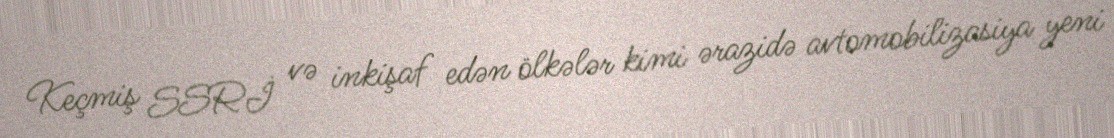
Keçmiş SSRİ və inkişaf edən ölkələr kimi ərazidə avtomobilizasiya yeni